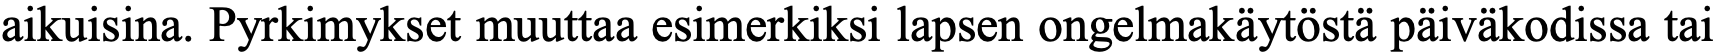
aikuisina. Pyrkimykset muuttaa esimerkiksi lapsen ongelmakäytöstä päiväkodissa tai